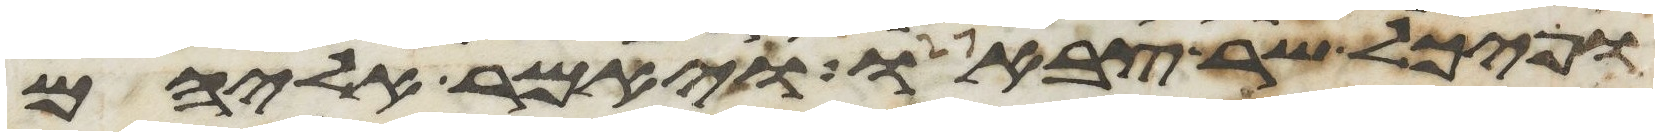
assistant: ופיכל שר צבאו ויאמר אליהם